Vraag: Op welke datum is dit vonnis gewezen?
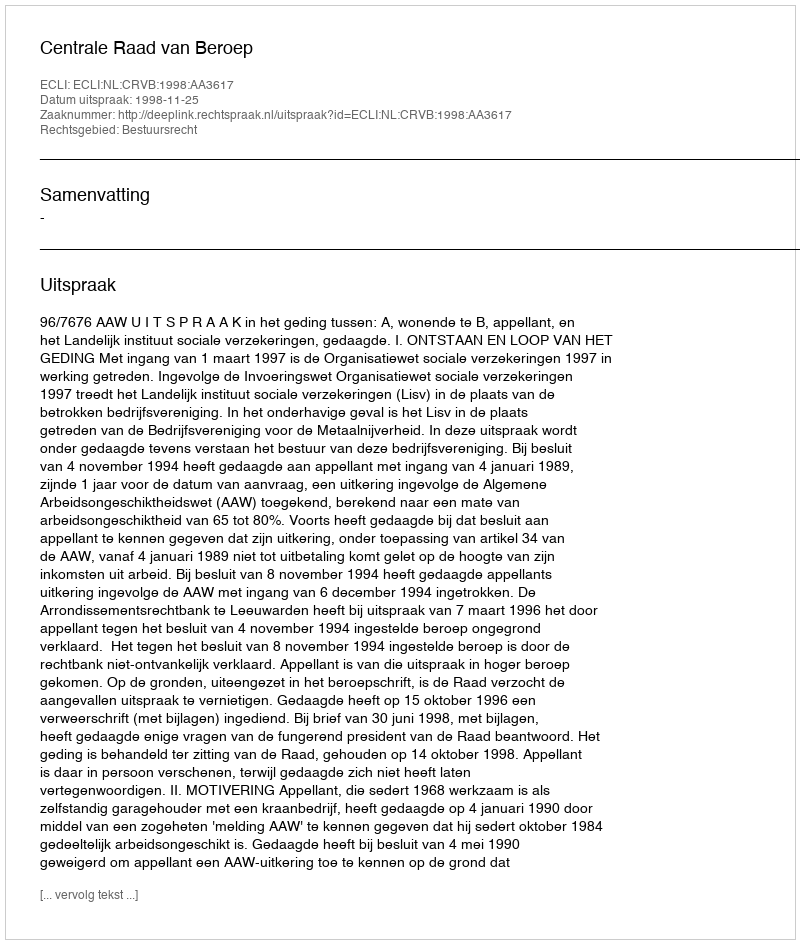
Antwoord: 1998-11-25